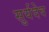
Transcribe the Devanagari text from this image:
सुर्यदेव